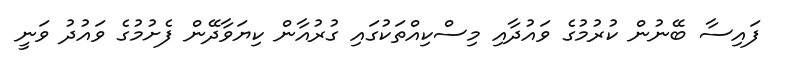
ފައިސާ ބޭނުން ކުރުމުގެ ވައުދާއި މިސްކިއްތަކުގައި ގުރުއާން ކިޔަވާދޭން ފެށުމުގެ ވައުދު ވަނީ